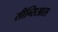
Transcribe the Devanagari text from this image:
सीन्सिआस